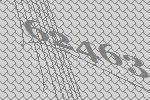
62463